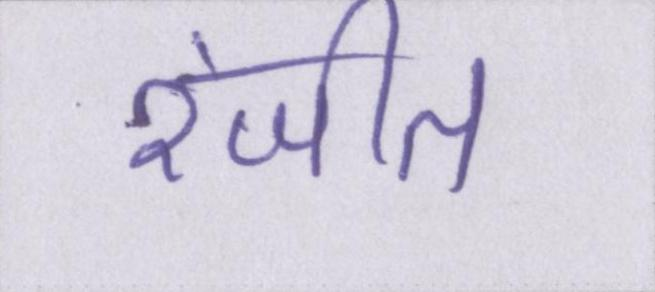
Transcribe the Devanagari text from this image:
रंजीत